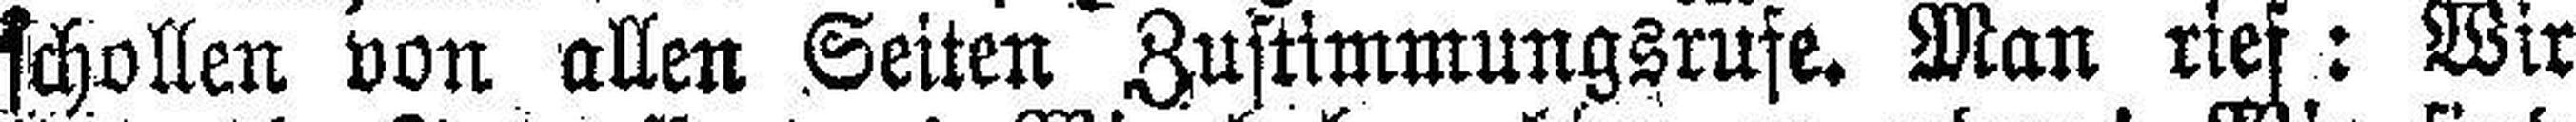
schollen von allen Seiten Zustimmungsrufe. Man rief: Wir